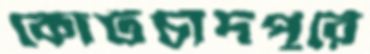
কোটচাঁদপুরে